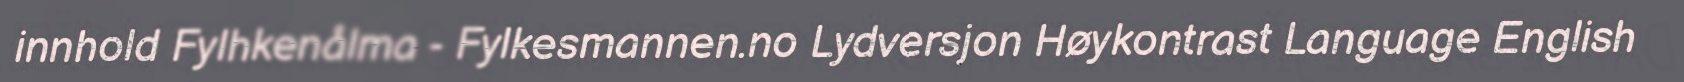
innhold Fylhkenålma - Fylkesmannen.no Lydversjon Høykontrast Language English